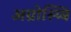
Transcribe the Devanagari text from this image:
अग्रोस्य्बि